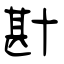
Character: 卙